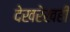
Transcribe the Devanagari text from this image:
देखरेखही